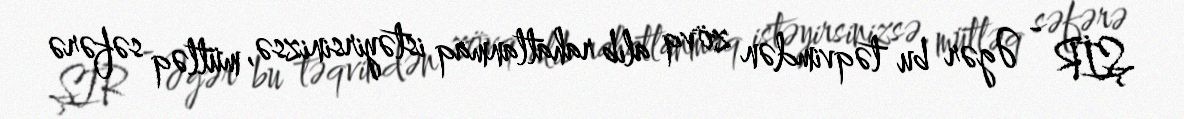
ŞİR - Əgər bu təqvimdən zövq alıb rahatlanmaq istəyirsinizsə, mütləq səfərə